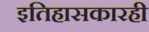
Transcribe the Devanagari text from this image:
इतिहासकारही